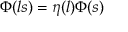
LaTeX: \Phi ( l s ) = \eta ( l ) \Phi ( s )